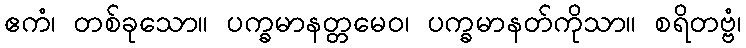
ဧကံ၊ တစ်ခုသော။ ပက္ခမာနတ္တမေဝ၊ ပက္ခမာနတ်ကိုသာ။ စရိတဗ္ဗံ၊